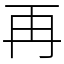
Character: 再